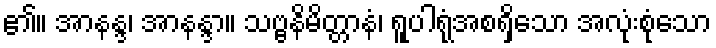
၏။ အာနန္ဒ၊ အာနန္ဒာ။ သဗ္ဗနိမိတ္တာနံ၊ ရူပါရုံအစရှိသော အလုံးစုံသော